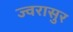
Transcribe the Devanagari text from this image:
ज्वरासुर